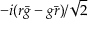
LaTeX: - i ( r { \bar { g } } - g { \bar { r } } ) / { \sqrt { 2 } }